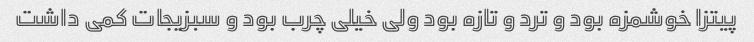
پیتزا خوشمزه بود و ترد و تازه بود ولی خیلی چرب بود و سبزیجات کمی داشت